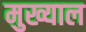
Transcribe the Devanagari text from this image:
मुख्याल